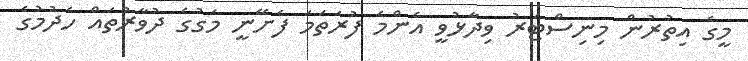
މީގެ އިތުރުން މިނިސްޓަރު ވިދާޅުވީ އެންމެ ފުރަތަމަ ފެށޭނީ މަގުގެ ދުވާރުތައް ހެދުމުގެ